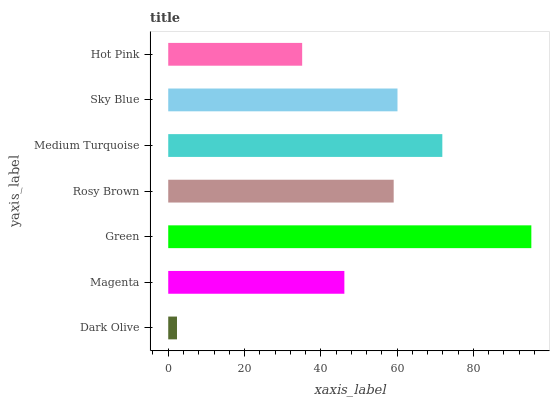
| yaxis_label | bars |
 | --- | --- |
 | Dark Olive | 2.3 |
 | Magenta | 46.2 |
 | Green | 95.2 |
 | Rosy Brown | 59.1 |
 | Medium Turquoise | 71.8 |
 | Sky Blue | 60.1 |
 | Hot Pink | 35.1 |